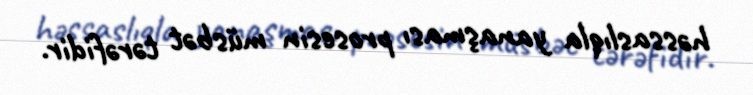
həssaslıqla yanaşması prosesin müsbət tərəfidir.